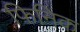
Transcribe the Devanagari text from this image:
फिनिक